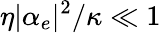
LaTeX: \eta|\alpha_{e}|^{2}/\kappa\ll 1